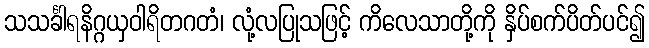
သသင်္ခါရနိဂ္ဂယှဝါရိတဂတံ၊ လုံ့လပြုသဖြင့် ကိလေသာတို့ကို နှိပ်စက်ပိတ်ပင်၍